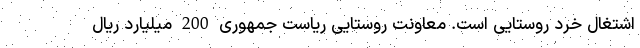
اشتغال خرد روستایی است. معاونت روستایی ریاست جمهوری 200 میلیارد ریال